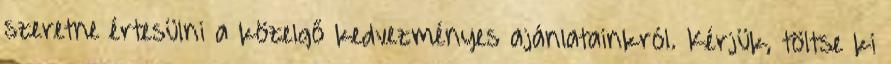
szeretne értesülni a közelgő kedvezményes ajánlatainkról. Kérjük, töltse ki